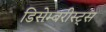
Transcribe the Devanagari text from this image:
डिसेम्बरीस्ट्स